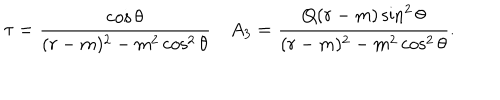
LaTeX: \tau = { \frac { \cos \theta } { ( r - m ) ^ { 2 } - m ^ { 2 } \cos ^ { 2 } \theta } } \quad A _ { 3 } = { \frac { Q ( r - m ) \sin ^ { 2 } \theta } { ( r - m ) ^ { 2 } - m ^ { 2 } \cos ^ { 2 } \theta } } .